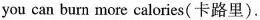
you can burn more calories(卡路里).